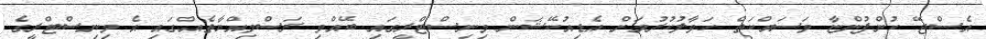
އެސްޖޭ ކުންފުންޏާ މަސައްކަތް ހަވާލުކުރުމަށް އެޑިއުކޭޝަން މިނިސްޓްރީގައި ބޭއްވި ރަސްމިއްޔާތެއްގައި އެ މިނިސްޓްރީގެ